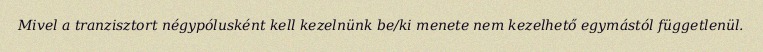
Mivel a tranzisztort négypólusként kell kezelnünk be/ki menete nem kezelhető egymástól függetlenül.